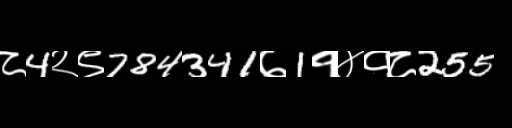
Text: ८4२९784341७1१४१८255